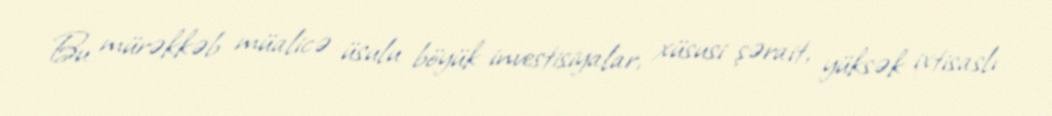
Bu mürəkkəb müalicə üsulu böyük investisiyalar, xüsusi şərait, yüksək ixtisaslı